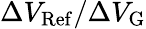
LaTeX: \Delta V_{\mathrm{Ref}}/\Delta V_{\mathrm{G}}